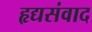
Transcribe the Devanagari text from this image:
हृद्यसंवाद